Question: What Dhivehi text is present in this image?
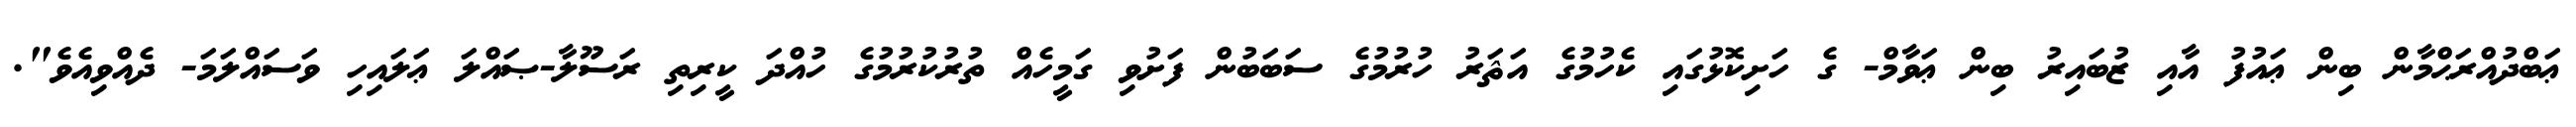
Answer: ޢަބްދުއްރަޙްމާން ބިން ޢައުފު އާއި ޒުބައިރު ބިން ޢަވާމް- ގެ ހަށިކޮޅުގައި ކެހުމުގެ އަޘަރު ހުރުމުގެ ސަބަބުން ފަށުވި ގަމީހެއް ތުރުކުރުމުގެ ހުއްދަ ކީރިތި ރަސޫލާ-ޞައްލަ ޢަލައިހި ވަސައްލަމަ- ދެއްވިއެވެ".